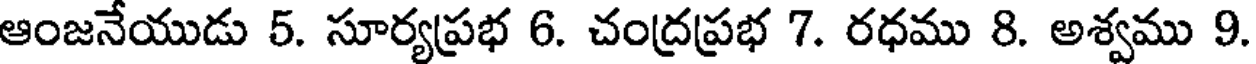
ఆంజనేయుడు 5. సూర్యప్రభ 6. చంద్రప్రభ 7. రధము 8. అశ్వము 9.